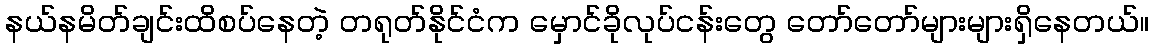
နယ်နမိတ်ချင်းထိစပ်နေတဲ့ တရုတ်နိုင်ငံက မှောင်ခိုလုပ်ငန်းတွေ တော်တော်များများရှိနေတယ်။